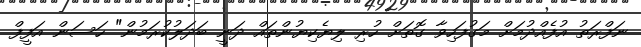
ނަފްރަތު އުފެއްދުމަށް މަގުފަހިވާ ގޮތަށް ހުރި ލިޔެކިޔުންތައް ދަނީ ބަދަލުކުރަމުން" ހަސަން އަފީފް